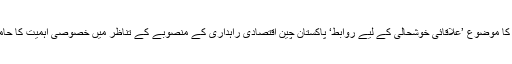
اجلاس کا موضوع ’علاقائی خوشحالی کے لیے روابط‘ پاکستان چین اقتصادی راہداری کے منصوبے کے تناظر میں خصوصی اہمیت کا حامل ہے۔